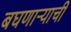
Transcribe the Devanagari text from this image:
बघणार्‍याची